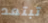
تبتعد